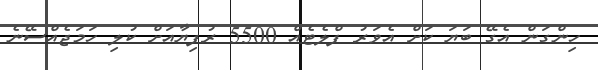
ހިންގަން އެގޭ ބަޔަ ކަށް އެވަރު ފްލެޓެއް 5500 ރުފިޔާއަށް ކުލި ހަމަޖެއްސޭނެ